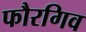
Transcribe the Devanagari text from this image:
फौरगिव